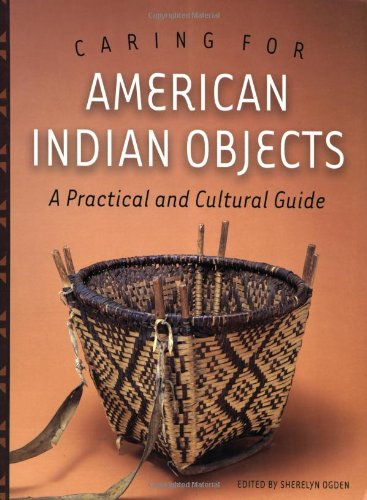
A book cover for Caring for American Indian Objects: A Practical and Cultural Guide; Sherelyn Ogden; Business & Money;